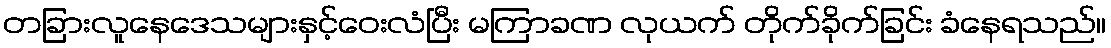
တခြားလူနေဒေသများနှင့်ဝေးလံပြီး မကြာခဏ လုယက် တိုက်ခိုက်ခြင်း ခံနေရသည်။